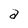
Character: a